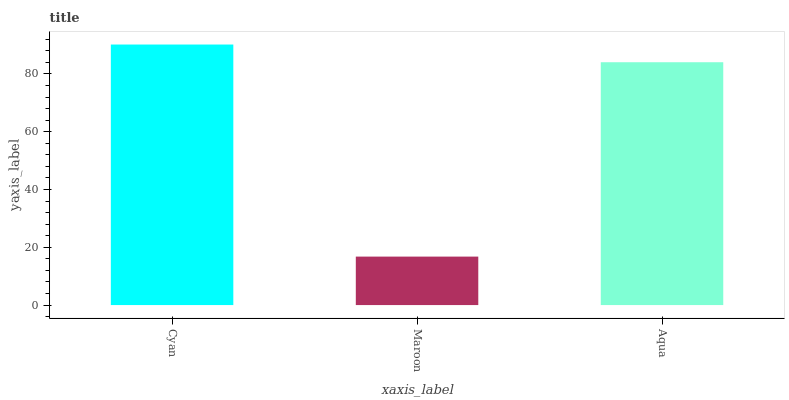
| xaxis_label | bars |
 | --- | --- |
 | Cyan | 90.2 |
 | Maroon | 16.8 |
 | Aqua | 84 |